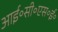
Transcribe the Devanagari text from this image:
आई॰सी॰एस॰ई॰